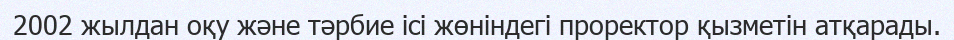
2002 жылдан оқу және тәрбие ісі жөніндегі проректор қызметін атқарады.